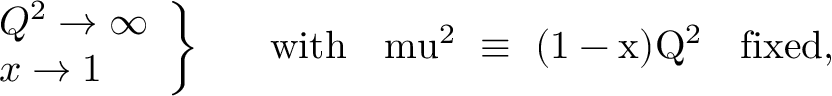
\left. \begin{array} { l } { { Q ^ { 2 } \rightarrow \infty } } \\ { { x \rightarrow 1 } } \end{array} \right\} \; \; \; \; \; \; \mathrm { w i t h ~ \; \ m u ^ { 2 } ~ \equiv ~ ( 1 - x ) Q ^ { 2 } ~ \; ~ f i x e d , }